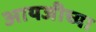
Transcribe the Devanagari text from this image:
आयजीच्या